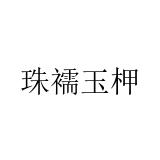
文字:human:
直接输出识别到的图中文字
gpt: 珠襦玉柙